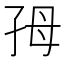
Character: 𡥓